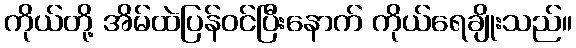
ကိုယ်တို့ အိမ်ထဲပြန်ဝင်ပြီးနောက် ကိုယ်ရေချိုးသည်။